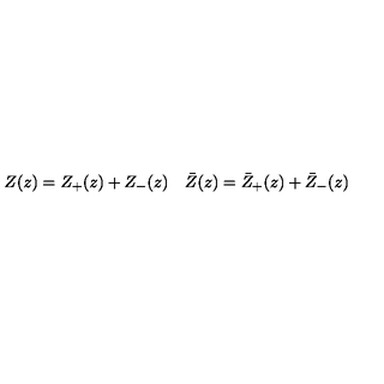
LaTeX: \begin{array} { c c } { Z ( z ) = Z _ { + } ( z ) + Z _ { - } ( z ) } & { \bar { Z } ( z ) = \bar { Z } _ { + } ( z ) + \bar { Z } _ { - } ( z ) } \\ \end{array}